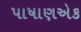
પાષાણએક